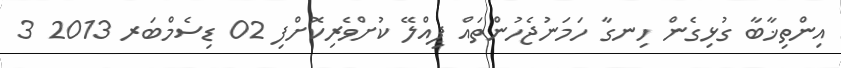
އިންތިޚާބާ ގުޅިގެން ހިނގާ ހަމަނުޖެހުންތައް ޕިއްލޭ ކުށްވެރިކޮށްފި 02 ޑިސެމްބަރ 2013 3